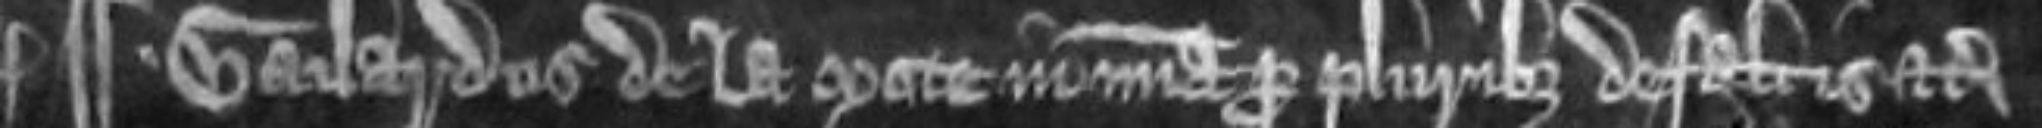
¶Gailardus de la Mote in misericordia pro pluribus defaltis etc